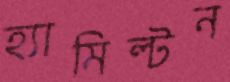
হ্যামিল্টন